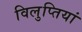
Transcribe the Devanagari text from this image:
विलुप्तियां